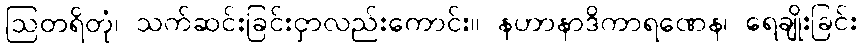
ဩတရိတုံ၊ သက်ဆင်းခြင်းငှာလည်းကောင်း။ နဟာနာဒိကာရဏေန၊ ရေချိုးခြင်း